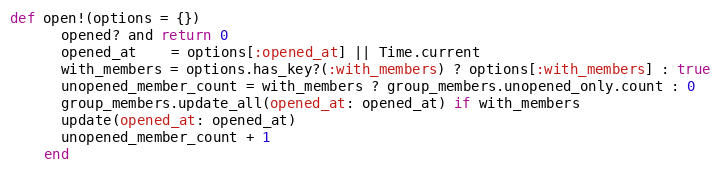
Language: Ruby
def open!(options = {})
      opened? and return 0
      opened_at    = options[:opened_at] || Time.current
      with_members = options.has_key?(:with_members) ? options[:with_members] : true
      unopened_member_count = with_members ? group_members.unopened_only.count : 0
      group_members.update_all(opened_at: opened_at) if with_members
      update(opened_at: opened_at)
      unopened_member_count + 1
    end